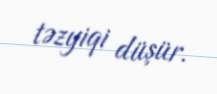
təzyiqi düşür.